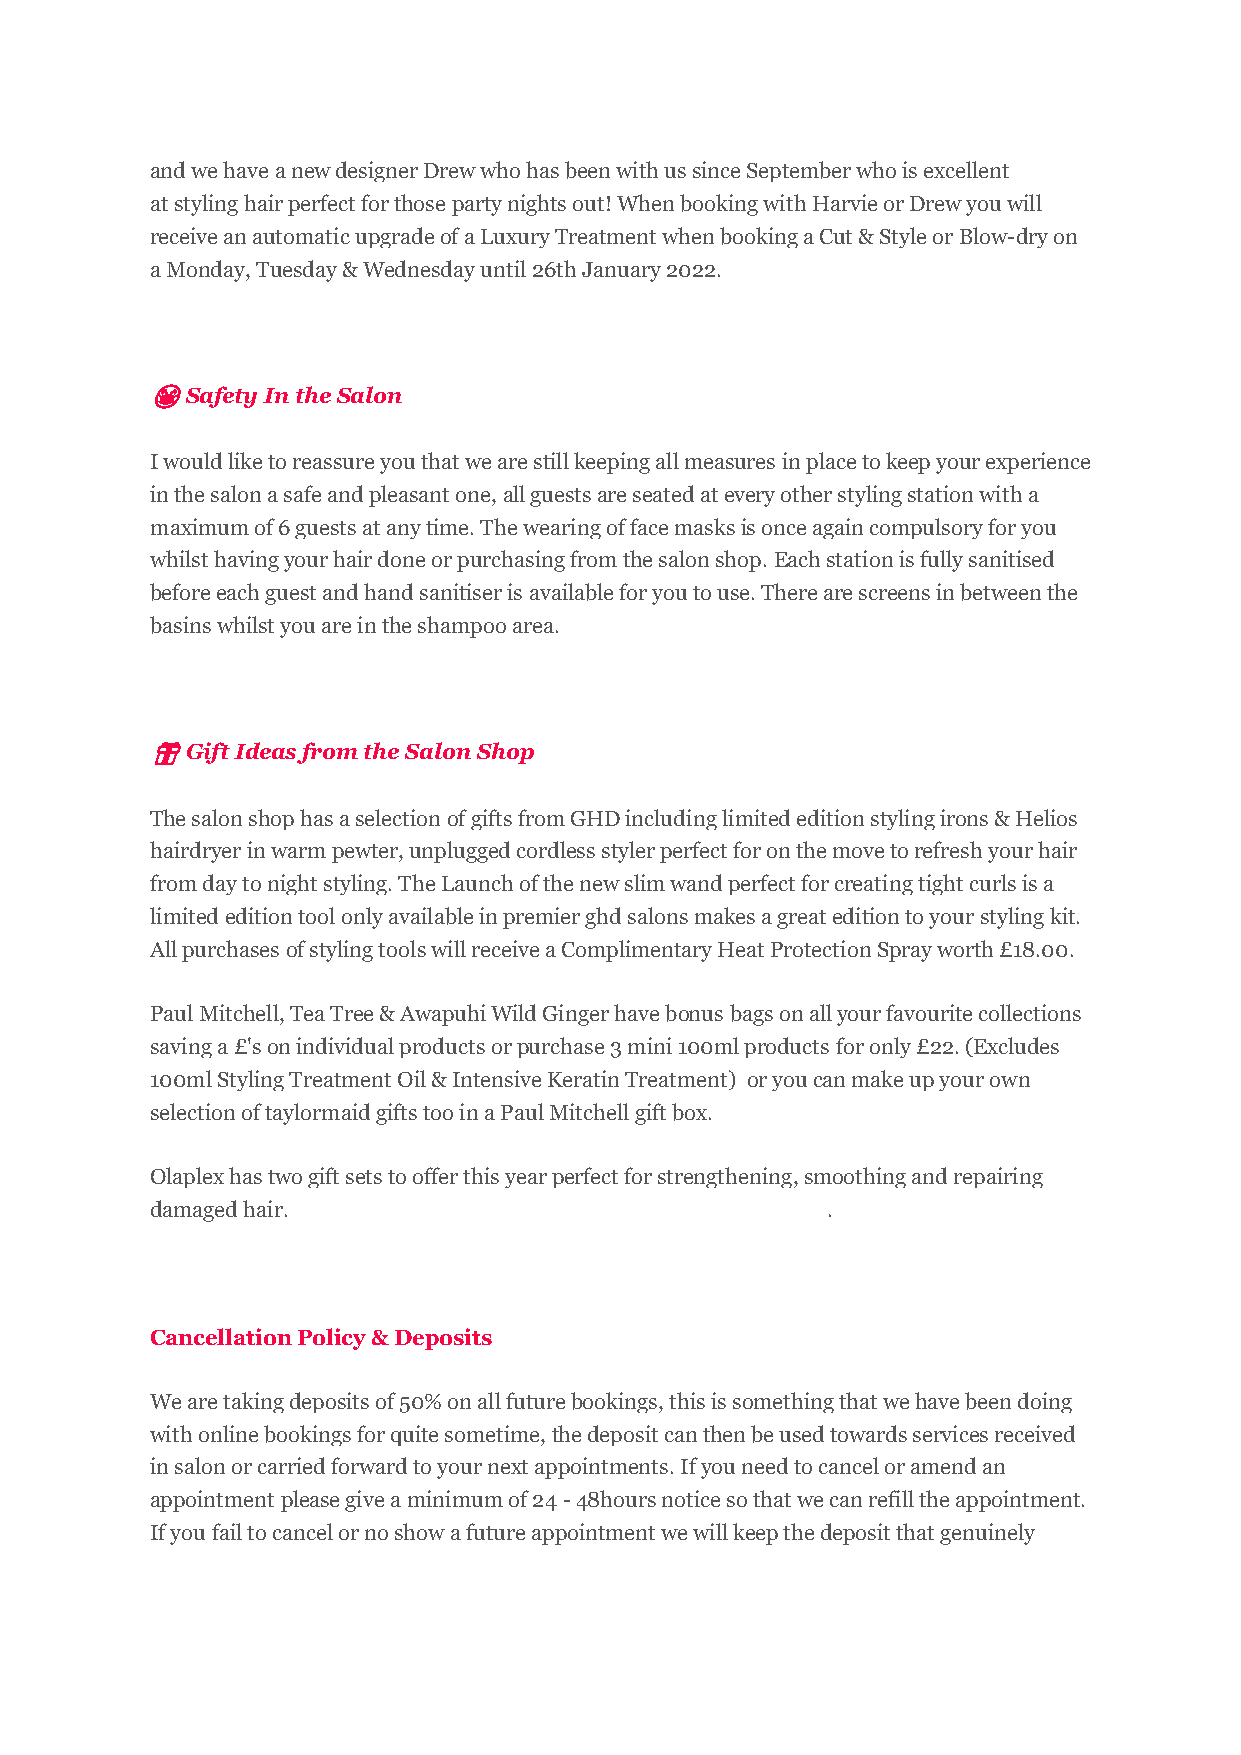
and we have a new designer Drew who has been with us since September who is excellent
 at styling hair perfect for those party nights out! When booking with Harvie or Drew you will
 receive an automatic upgrade of a Luxury Treatment when booking a Cut & Style or Blow-dry on
 a Monday, Tuesday & Wednesday until 26th January 2022.
 😷 Safety In the Salon
 I would like to reassure you that we are still keeping all measures in place to keep your experience
 in the salon a safe and pleasant one, all guests are seated at every other styling station with a
 maximum of 6 guests at any time. The wearing of face masks is once again compulsory for you
 whilst having your hair done or purchasing from the salon shop. Each station is fully sanitised
 before each guest and hand sanitiser is available for you to use. There are screens in between the
 basins whilst you are in the shampoo area.
 🎁 Gift Ideas from the Salon Shop
 The salon shop has a selection of gifts from GHD including limited edition styling irons & Helios
 hairdryer in warm pewter, unplugged cordless styler perfect for on the move to refresh your hair
 from day to night styling. The Launch of the new slim wand perfect for creating tight curls is a
 limited edition tool only available in premier ghd salons makes a great edition to your styling kit.
 All purchases of styling tools will receive a Complimentary Heat Protection Spray worth £18.00.
 Paul Mitchell, Tea Tree & Awapuhi Wild Ginger have bonus bags on all your favourite collections
 saving a £'s on individual products or purchase 3 mini 100ml products for only £22. (Excludes
 100ml Styling Treatment Oil & Intensive Keratin Treatment) or you can make up your own
 selection of taylormaid gifts too in a Paul Mitchell gift box.
 Olaplex has two gift sets to offer this year perfect for strengthening, smoothing and repairing
 damaged hair.                                .
 Cancellation Policy & Deposits
 We are taking deposits of 50% on all future bookings, this is something that we have been doing
 with online bookings for quite sometime, the deposit can then be used towards services received
 in salon or carried forward to your next appointments. If you need to cancel or amend an
 appointment please give a minimum of 24 - 48hours notice so that we can refill the appointment.
 If you fail to cancel or no show a future appointment we will keep the deposit that genuinely